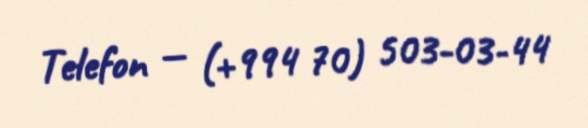
Telefon — (+994 70) 503-03-44